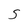
Character: S